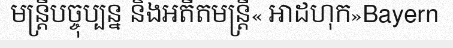
មន្ត្រីបច្ចុប្បន្ន និងអតីតមន្ត្រី« អាដហុក»Bayern